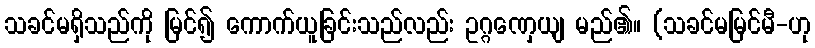
သခင်မရှိသည်ကို မြင်၍ ကောက်ယူခြင်းသည်လည်း ဥဂ္ဂဏှေယျ မည်၏။ (သခင်မမြင်မီ-ဟု